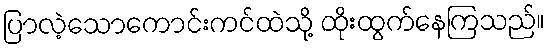
ပြာလဲ့သောကောင်းကင်ထဲသို့ ထိုးထွက်နေကြသည်။